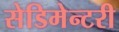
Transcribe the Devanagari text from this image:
सेडिमेन्टरी